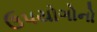
ઉપયોગોનો